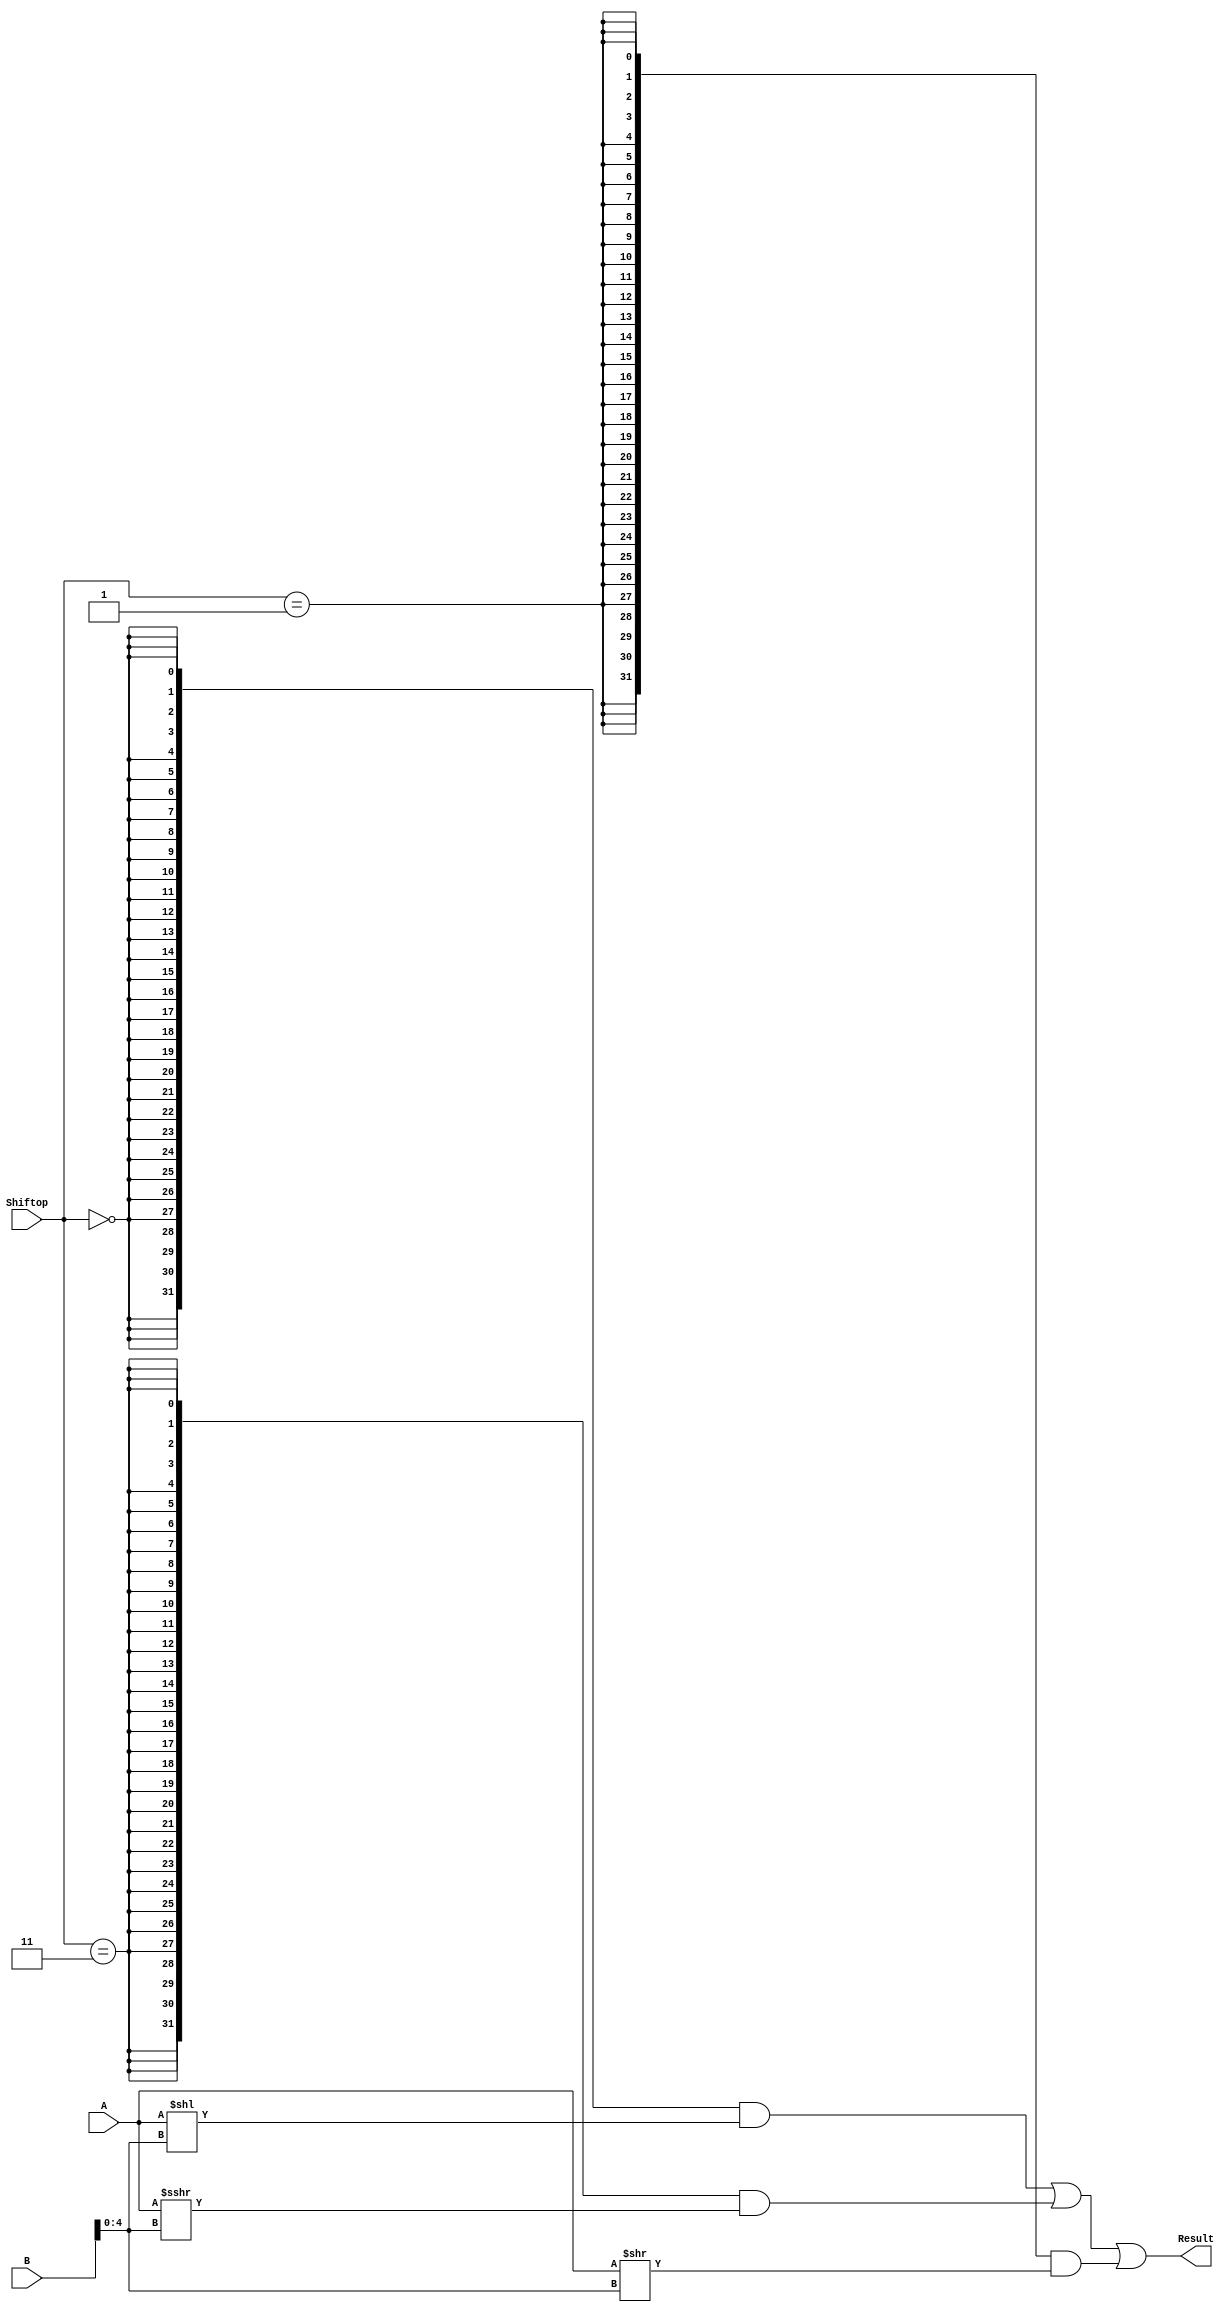
`timescale 10 ns / 1 ns

`define DATA_WIDTH 32

module shifter (
	input [`DATA_WIDTH - 1:0] A,
	input [`DATA_WIDTH - 1:0] B,
	input [1:0] Shiftop,
	output [`DATA_WIDTH - 1:0] Result
);

	// TODO: Please add your logic code here
	wire sll;
	wire sra;
	wire srl;
	wire [`DATA_WIDTH - 1:0]sll_result;
	wire [`DATA_WIDTH - 1:0]sra_result;
	wire [`DATA_WIDTH - 1:0]srl_result;

	assign sll = Shiftop == 2'b00;
	assign srl = Shiftop == 2'b01;
	assign sra = Shiftop == 2'b11;
	assign sll_result = A << B[4:0];
	assign sra_result = ($signed(A)) >>> B[4:0];
	assign srl_result = A >> B[4:0];

	assign Result = ({`DATA_WIDTH{sll}} & sll_result)
				  | ({`DATA_WIDTH{sra}} & sra_result)
				  | ({`DATA_WIDTH{srl}} & srl_result);
	
endmodule